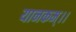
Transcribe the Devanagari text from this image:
यानकम्।।